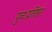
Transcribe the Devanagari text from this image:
पुनःप्रतिष्ठा।